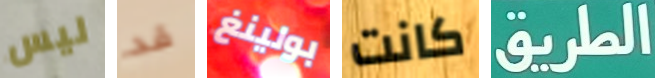
ليس قد بولينغ كانت الطريق